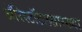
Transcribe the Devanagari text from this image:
ॲरिस्टॉटलसारख्या